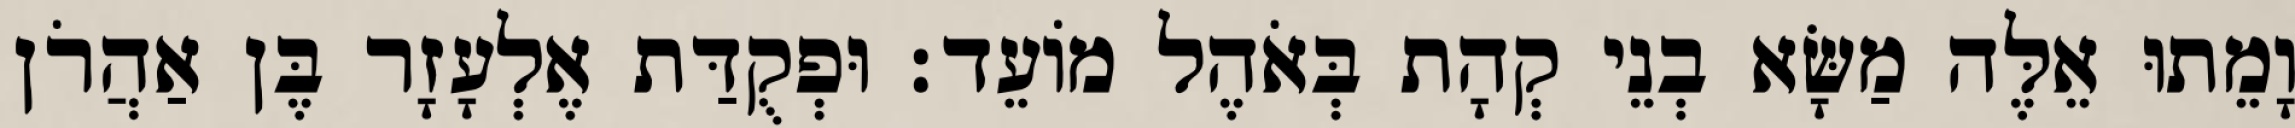
וָמֵתוּ אֵלֶּה מַשָּׂא בְנֵי קְהָת בְּאֹהֶל מוֹעֵד׃ וּפְקֻדַּת אֶלְעָזָר בֶּן אַהֲרֹן